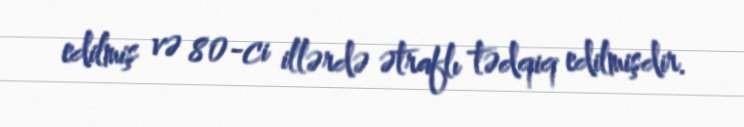
edilmiş və 80-ci illərdə ətraflı tədqiq edilmişdir.